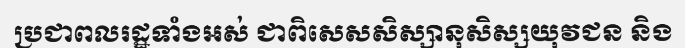
ប្រជាពលរដ្ឋទាំងអស់ ជាពិសេសសិស្សានុសិស្សយុវជន និង